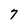
Character: 7